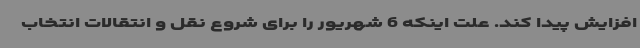
افزایش پیدا کند. علت اینکه 6 شهریور را برای شروع نقل و انتقالات انتخاب